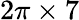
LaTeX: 2\pi\times 7